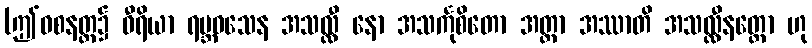
(ဤဝစနတ္ထ၌ ဝီရိယာ ရဗ္ဘဝသေန အသလ္လီ နော အသင်္ကုစိတော အတ္တာ အဿာတိ အသလ္လီနတ္တော ဟု